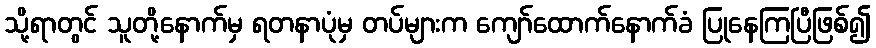
သို့ရာတွင် သူတို့နောက်မှ ရတနာပုံမှ တပ်များက ကျော်ထောက်နောက်ခံ ပြုနေကြပြီဖြစ်၍